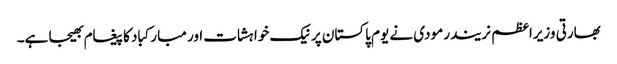
بھارتی وزیراعظم نریندر مودی نے یوم پاکستان پر نیک خواہشات اور مبارکباد کا پیغام بھیجا ہے۔